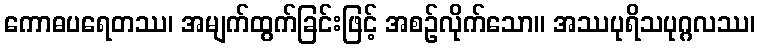
ကောဓပရေတဿ၊ အမျက်ထွက်ခြင်းဖြင့် အစဉ်လိုက်သော။ အဿပုရိသပုဂ္ဂလဿ၊